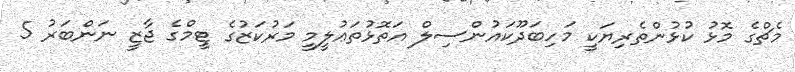
މެޗްގެ މޮޅު ކުޅުންތެރިޔަކީ މަހިބަދޫކައުންސިލް އަތޮޅުތަޢުލީމީ މަރުކަޒުގެ ޓީމްގެ ޖާޒީ ނަންބަރު 5